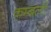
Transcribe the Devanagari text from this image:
कम्बली